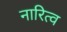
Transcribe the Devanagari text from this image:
नारित्व